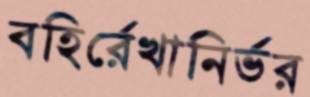
বহির্রেখানির্ভর